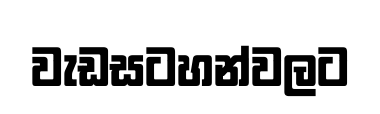
වැඩසටහන්වලට